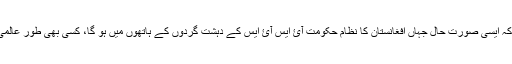
اس منطق کے تحت کيا آپ واقعی يہ سمجھتے ہيں کہ ايسی صورت حال جہاں افغانستان کا نظام حکومت آئ ايس آئ ايس کے دہشت گردوں کے ہاتھوں ميں ہو گا، کسی بھی طور عالمی برادری کے نزديک ہماری کاميابی تصور ہو گا؟